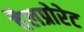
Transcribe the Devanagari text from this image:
वैलप्रोरेट